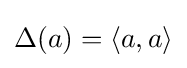
\Delta (a)=\langle a,a\rangle